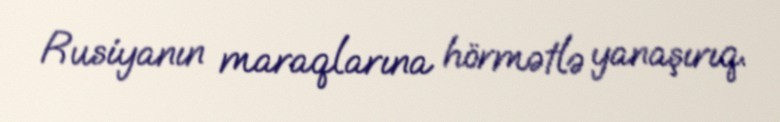
Rusiyanın maraqlarına hörmətlə yanaşırıq.